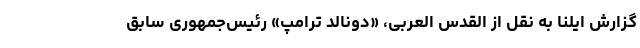
گزارش ایلنا به نقل از القدس العربی، «دونالد ترامپ» رئیس‌جمهوری سابق